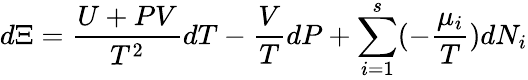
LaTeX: d\Xi={\frac{U+PV}{T^{2}}}dT-{\frac{V}{T}}dP+\sum_{i=1}^{s}(-{\frac{\mu_{i}}{T}})dN_{i}